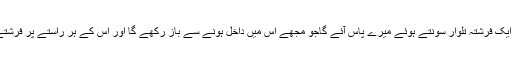
جب کبھی ان میں سے کسی میں داخل ہونا چاہوں گا تو ایک فرشتہ تلوار سونتے ہوئے میرے پاس آئے گاجو مجھے اس میں داخل ہونے سے باز رکھے گا اور اس کے ہر راستے پر فرشتے متعین ہوں گے جو اس کی نگہبانی کررہے ہوں گے۔